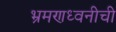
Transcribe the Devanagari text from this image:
भ्रमणध्वनीची